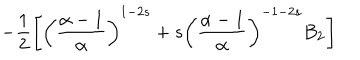
LaTeX: - \frac { 1 } { 2 } \left[ \left( \frac { \alpha - 1 } { \alpha } \right) ^ { 1 - 2 s } + s \left( \frac { \alpha - 1 } { \alpha } \right) ^ { - 1 - 2 s } B _ { 2 } \right]